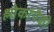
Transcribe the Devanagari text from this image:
श्लोकांपैकी